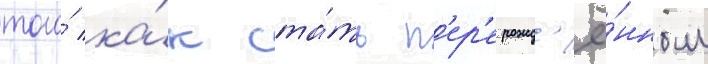
того́ ка́к ста́ть п'ер'ерожд'ё́нным